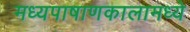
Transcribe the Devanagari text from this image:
मध्यपाषाणकालामध्ये